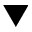
\blacktriangledown